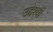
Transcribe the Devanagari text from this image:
उद्देश्यॉ